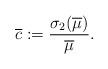
LaTeX: \begin{align*} \overline{c}:=\dfrac{\sigma_2(\overline{\mu})}{\overline{\mu}}.\end{align*}